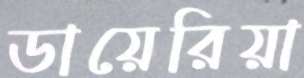
ডায়েরিয়া